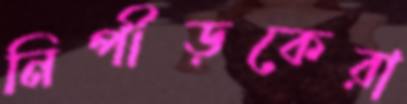
নিপীড়কেরা